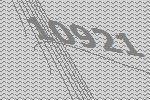
10921